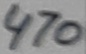
Text: 470